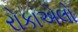
રોકાએલો